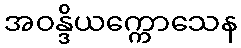
အဝန္ဒိယက္ကောသေန